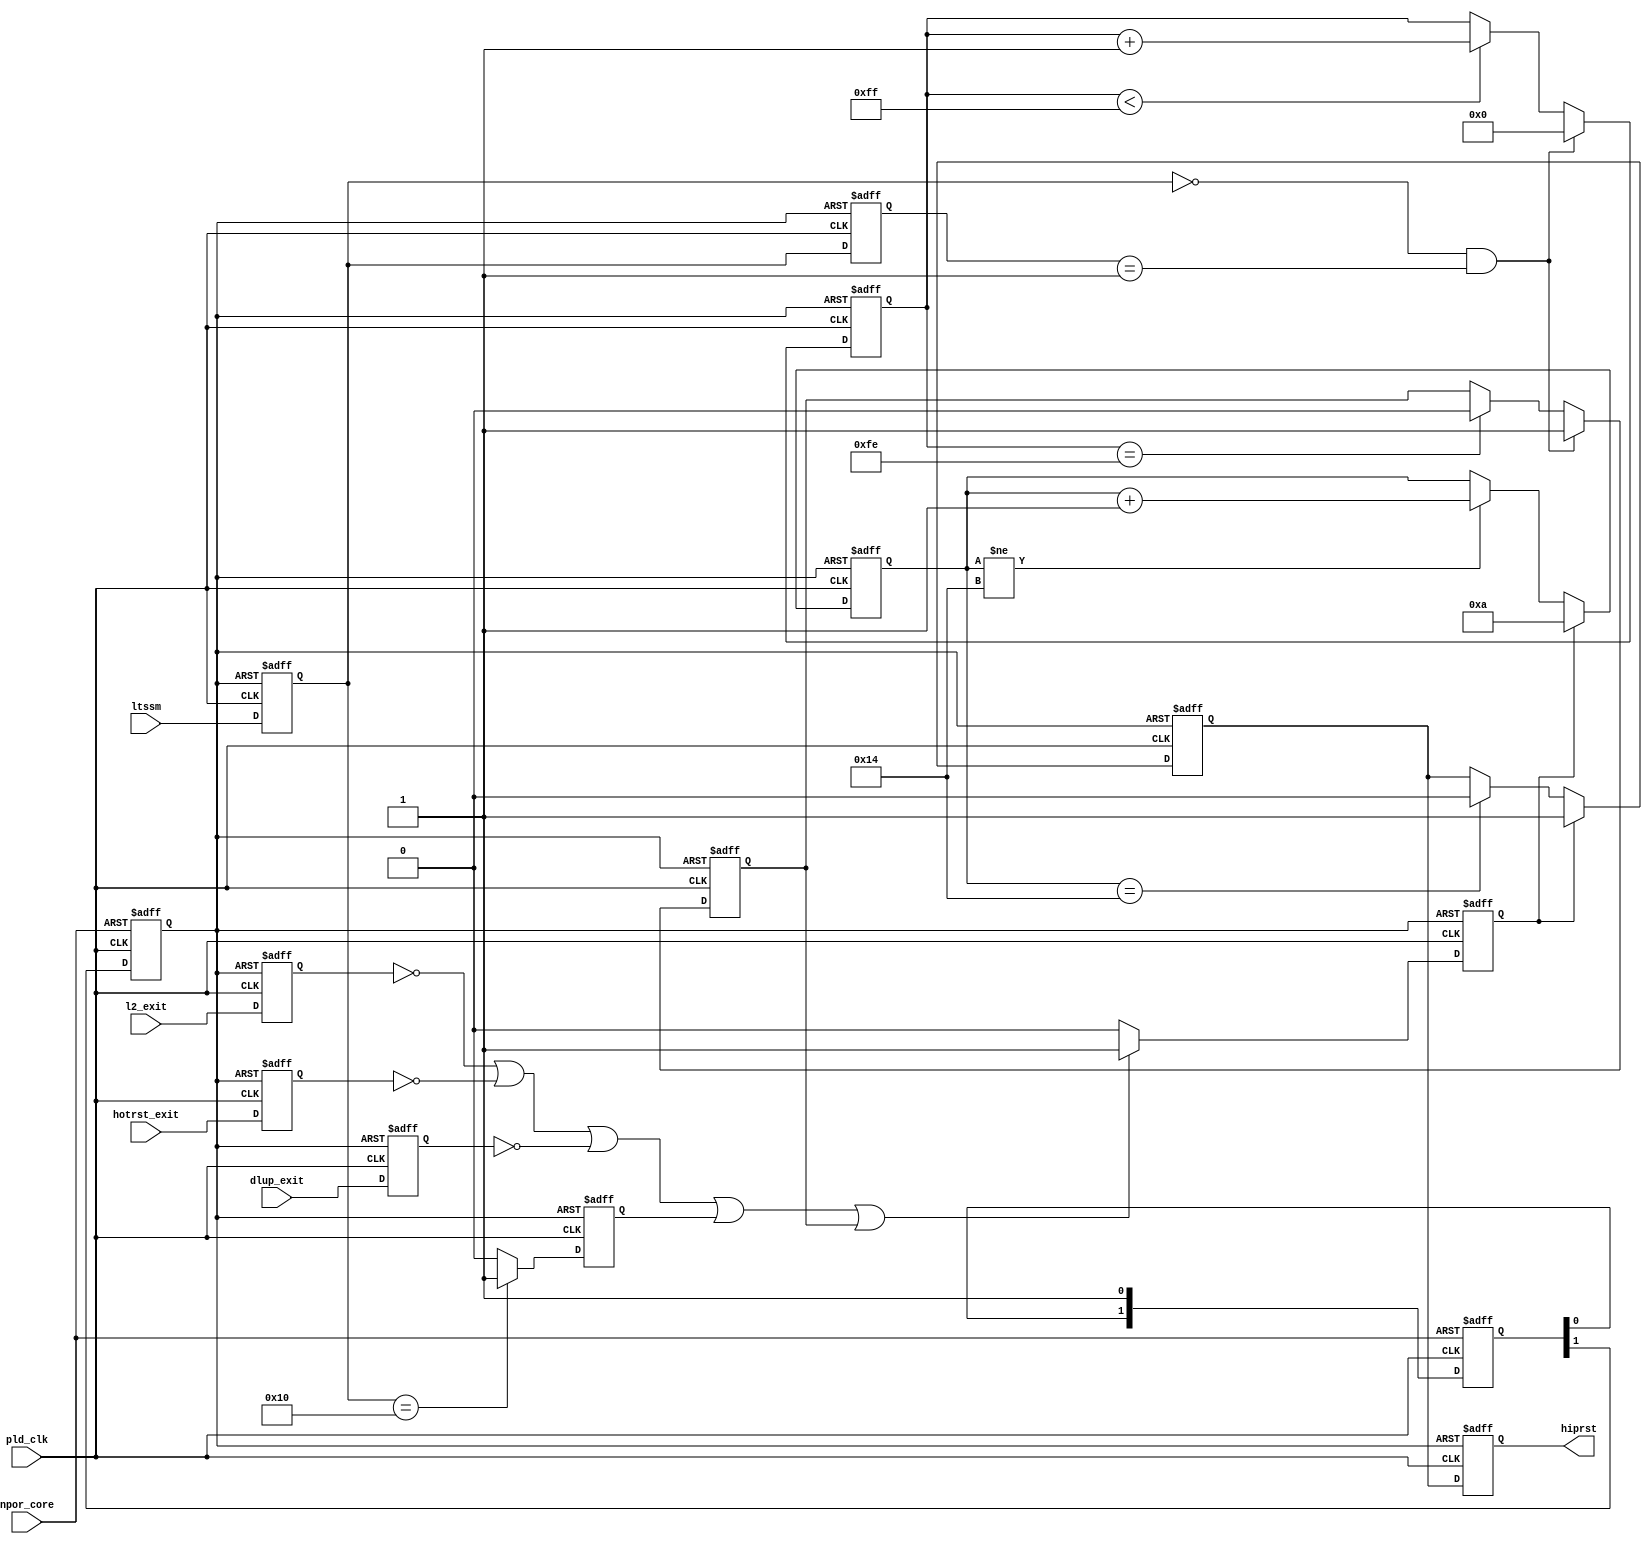
module altpcie_rs_hip # (
      parameter HIPRST_USE_LOCAL_NPOR              = 0,
      parameter HIPRST_USE_LTSSM_HOTRESET          = 1,
      parameter HIPRST_USE_LTSSM_DISABLE           = 1,
      parameter HIPRST_USE_LTSSM_EXIT_DETECTQUIET  = 1,
      parameter HIPRST_USE_L2                      = 1,
      parameter HIPRST_USE_DLUP_EXIT               = 1
   )(
   input          pld_clk,
   input          dlup_exit,
   input          hotrst_exit,
   input          l2_exit,
   input          npor_core,
   input   [4: 0] ltssm,

   output reg     hiprst
);

localparam [4:0] LTSSM_POL          = 5'b00010;
localparam [4:0] LTSSM_CPL          = 5'b00011;
localparam [4:0] LTSSM_DET          = 5'b00000;
localparam [4:0] LTSSM_RCV          = 5'b01100;
localparam [4:0] LTSSM_DIS          = 5'b10000;
localparam [4:0] LTSSM_DETA         = 5'b00001;
localparam [4:0] LTSSM_DETQ         = 5'b00000;
localparam [23:0] RCV_TIMEOUT       = 24'd6000000;

`ifdef ALTERA_RESERVED_QIS_ES
   localparam SV_ES_DEVICE          =  1;
`else
   localparam SV_ES_DEVICE          =  0;
`endif

reg         hiprst_r;
reg [1:0]   npor_core_r ;
reg         npor_sync   ;
reg         dlup_exit_r;
reg         exits_r;
reg         hotrst_exit_r;
reg         l2_exit_r;
reg [4: 0]  rsnt_cntn;
reg [4: 0]  ltssm_r;
reg [4: 0]  ltssm_rr;
wire        recovery_rst;
wire        ext_dect_quiet;
reg         ltssm_disable;

   //reset Synchronizer
   always @(posedge pld_clk or negedge npor_core) begin
      if (npor_core == 1'b0) begin
         npor_core_r  <= 2'b00;
         npor_sync    <= 1'b0;
      end
      else begin
         npor_core_r  <= {npor_core_r[0],1'b1};
         npor_sync    <= npor_core_r[1];
      end
   end

  //Reset delay
   always @(posedge pld_clk or negedge npor_sync) begin
      if (npor_sync == 1'b0)
         rsnt_cntn <= 5'h0;
      else if (exits_r == 1'b1)
         rsnt_cntn <= 5'd10;
      else if (rsnt_cntn != 5'd20)
         rsnt_cntn <= rsnt_cntn + 5'h1;
   end


  //sync and config reset
   always @(posedge pld_clk or negedge npor_sync) begin
      if (npor_sync == 1'b0) begin
          hiprst_r <= (HIPRST_USE_LOCAL_NPOR==1)?1'b1:1'b0;
      end
      else if (exits_r == 1'b1) begin
          hiprst_r <= 1'b1;
      end
      else if (rsnt_cntn == 5'd20) begin
          hiprst_r <= 1'b0;
      end
   end

   generate begin : g_recovery_rst
      if (SV_ES_DEVICE==1) begin
         // Monitor if LTSSM is frozen in RECOVERY state
         // Issue reset if timeout RCV_TIMEOUT
         reg [23:0]  recovery_cnt;
         reg recovery_r_rst;
         always @(posedge pld_clk or negedge npor_sync) begin
            if (npor_sync == 1'b0) begin
               recovery_cnt <= {24{1'b0}};
               recovery_r_rst <= 1'b0;
            end
            else begin
               if (ltssm_r != LTSSM_RCV) begin
                  recovery_cnt <= {24{1'b0}};
               end
               else if (recovery_cnt == RCV_TIMEOUT) begin
                  recovery_cnt <= recovery_cnt;
               end
               else if (ltssm_r == LTSSM_RCV) begin
                  recovery_cnt <= recovery_cnt + 24'h1;
               end
               if (recovery_cnt == RCV_TIMEOUT) begin
                  recovery_r_rst <= 1'b1;
               end
               else if (ltssm_r != LTSSM_RCV) begin
                  recovery_r_rst <= 1'b0;
               end
            end
         end
         assign recovery_rst = recovery_r_rst;
      end
      else begin
         assign recovery_rst = 1'b0;
      end
   end
   endgenerate

   generate begin : g_exit_detectquiet
      if (HIPRST_USE_LTSSM_EXIT_DETECTQUIET==1) begin
         // Keep LTSSM in reset for 1us before transition from Detect.quiet to
         // Detect.active
         // Since the fastest pld_clk is 250Mhz (4ns) and the minimum wait is 1us,
         // the max_reset_cnt = 1024/4 = 256
         reg [7:0]   cnt_dect_quiet_low;
         reg         ext_dect_quiet_r;
         always @(posedge pld_clk or negedge npor_sync) begin
            if (npor_sync == 1'b0) begin
               cnt_dect_quiet_low   <= 8'hFF;
               ext_dect_quiet_r       <= 1'b0;
            end
            else  begin
               if ((ltssm_r == LTSSM_DETQ) && (ltssm_rr == LTSSM_DETA)) begin
                  cnt_dect_quiet_low   <= 8'h0;
                  ext_dect_quiet_r       <= 1'b1;
               end
               else begin
                  if (cnt_dect_quiet_low < 8'hFF ) begin
                     cnt_dect_quiet_low <= cnt_dect_quiet_low + 8'h1;
                  end
                  if (cnt_dect_quiet_low == 8'hFE ) begin
                     ext_dect_quiet_r <= 1'b0;
                  end
               end
            end
         end
         assign ext_dect_quiet = ext_dect_quiet_r;
      end
      else begin
         assign ext_dect_quiet = 1'b0;
      end
   end
   endgenerate


   always @(posedge pld_clk or negedge npor_sync) begin
      if (npor_sync == 1'b0) begin
         dlup_exit_r    <= 1'b1;
         hotrst_exit_r  <= 1'b1;
         l2_exit_r      <= 1'b1;
         exits_r        <= 1'b0;
         ltssm_disable  <= 1'b0;
         hiprst         <= (HIPRST_USE_LOCAL_NPOR==1)?1'b1:1'b0;
         ltssm_r        <= LTSSM_DETQ;
         ltssm_rr       <= LTSSM_DETQ;
      end
      else begin
         ltssm_r        <= ltssm;
         ltssm_rr       <= ltssm_r;
         hiprst         <= hiprst_r;
         dlup_exit_r    <= (HIPRST_USE_DLUP_EXIT==0)     ?1'b1:dlup_exit;
         hotrst_exit_r  <= (HIPRST_USE_LTSSM_HOTRESET==0)?1'b1:hotrst_exit;
         l2_exit_r      <= (HIPRST_USE_L2==0)            ?1'b1:l2_exit;
         ltssm_disable  <= (HIPRST_USE_LTSSM_DISABLE==0) ?1'b0:(ltssm_r == LTSSM_DIS)?1'b1:1'b0;
         exits_r <= ((l2_exit_r == 1'b0)||(hotrst_exit_r == 1'b0)||(dlup_exit_r == 1'b0)||(ltssm_disable == 1'b1)||(recovery_rst == 1'b1)||(ext_dect_quiet == 1'b1))?1'b1:1'b0;
      end
   end

endmodule